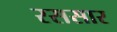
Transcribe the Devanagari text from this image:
रससार